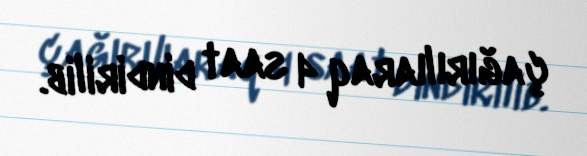
çağırılıaraq 4 saat dindirilib.